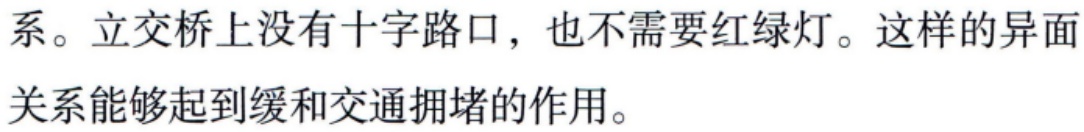
系。立交桥上没有十字路口，也不需要红绿灯。这样的异面
关系能够起到缓和交通拥堵的作用。